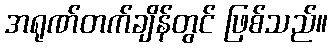
အရုဏ်တက်ချိန်တွင် ဖြစ်သည်။